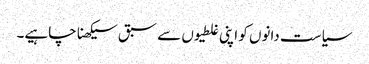
سیاست دانوں کو اپنی غلطیوں سے سبق سیکھنا چاہیے۔